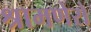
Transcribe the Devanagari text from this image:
श्रामणेरो